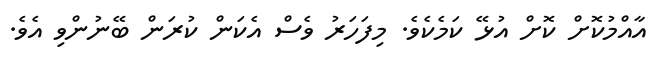
އާއްމުކޮށް ކޮށް އުޅޭ ކަމެކެވެ. މިފަހަރު ވެސް އެކަން ކުރަން ބޭނުންވި އެވެ.